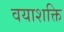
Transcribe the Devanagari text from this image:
वयाशक्ति